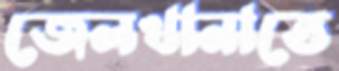
জেলখানাতে